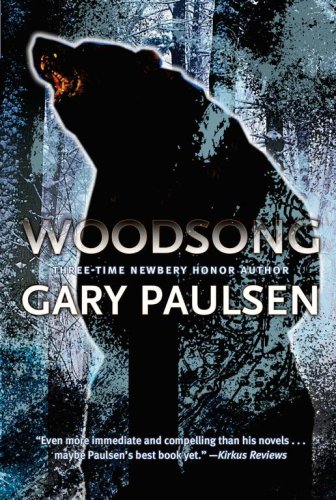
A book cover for Woodsong; Gary Paulsen; Sports & Outdoors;